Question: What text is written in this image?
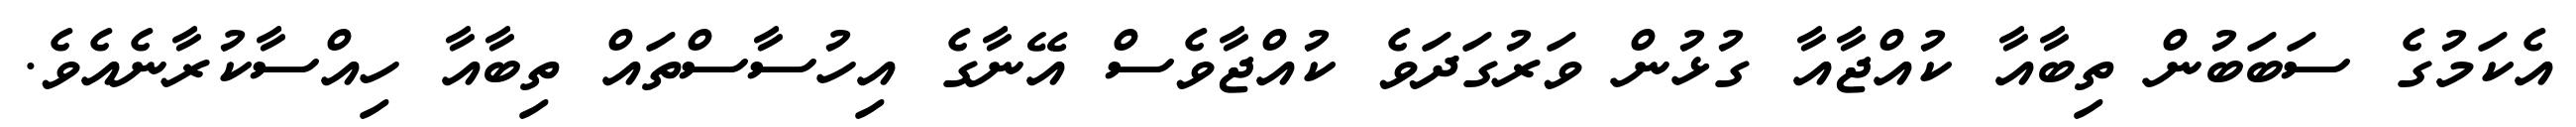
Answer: އެކަމުގެ ސަބަބުން ތިބާއާ ކުއްޖާއާ ގުޅުން ވަރުގަދަވެ ކުއްޖާވެސް އޭނާގެ އިހުސާސްތައް ތިބާއާ ހިއްސާކުރާނެއެވެ.